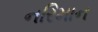
નરિમાન